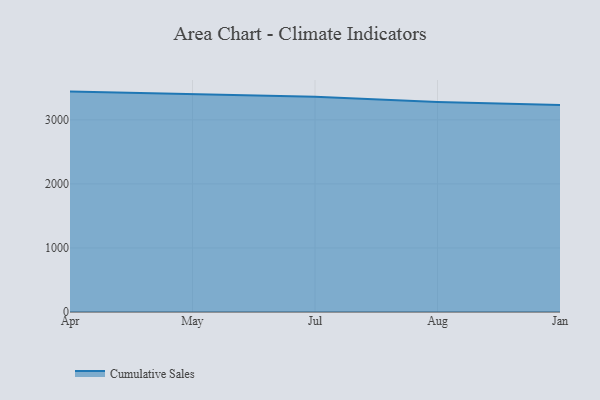
{"axis": {"x": "Month", "y": "Page Views"}, "legend": ["Cumulative Sales"], "data": [{"x": "Apr", "y": 3440.8, "type": "Cumulative Sales"}, {"x": "May", "y": 3397.4, "type": "Cumulative Sales"}, {"x": "Jul", "y": 3362.2, "type": "Cumulative Sales"}, {"x": "Aug", "y": 3278.2, "type": "Cumulative Sales"}, {"x": "Jan", "y": 3232.9, "type": "Cumulative Sales"}]}